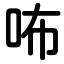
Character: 咘